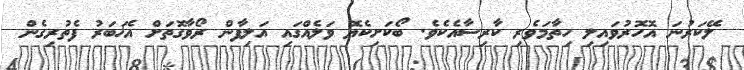
ލޭކަރުނަ އޮހޮރުވައިލި ހިތާމަވެރި ކާރިސާއެކެވެ. ބޯކަށިކެޔޮ ވަލެއްގައި އަލިފާން ރޯވާގޮތަށް އެޚަބަރު ފެތުރިގެން